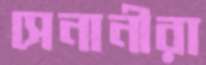
সেনানীরা